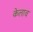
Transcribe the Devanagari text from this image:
केलाव